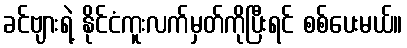
ခင်ဗျားရဲ့ နိုင်ငံကူးလက်မှတ်ကိုပြီးရင် စစ်ပေးမယ်။